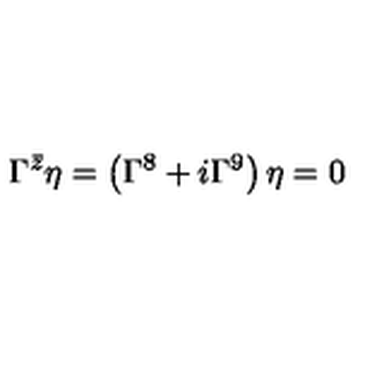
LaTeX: \Gamma ^ { \bar { z } } \eta = \left( \Gamma ^ { 8 } + i \Gamma ^ { 9 } \right) \eta = 0